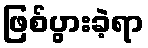
ဖြစ်ပွားခဲ့ရာ